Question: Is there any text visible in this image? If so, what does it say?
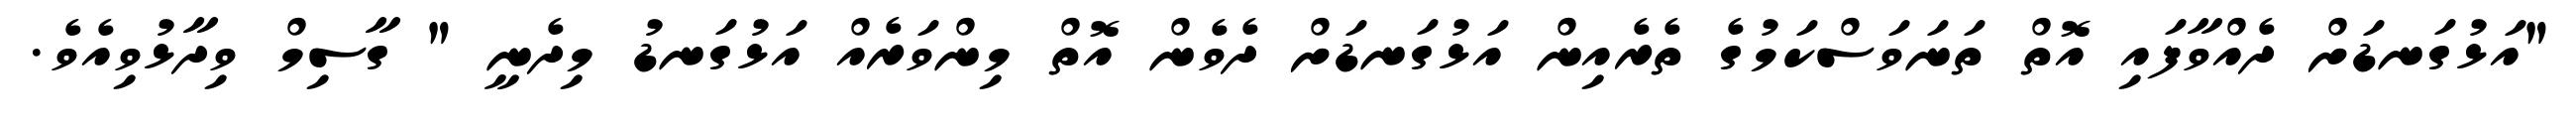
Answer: "އަޅުގަނޑަށް ދެއްވާފައި އޮތް ތަނަވަސްކަމުގެ ތެރެއިން އަޅުގަނޑަށް ދެވެން އޮތް މިންވަރެއް އަޅުގަނޑު މިދެނީ " ގާސިމް ވިދާޅުވިއެވެ.